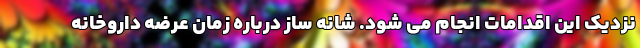
نزدیک این اقدامات انجام می شود. شانه ساز درباره زمان عرضه داروخانه